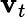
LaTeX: \textbf{v}_{t}